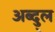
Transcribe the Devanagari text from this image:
अब्दु्ल